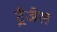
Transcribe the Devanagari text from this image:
ट्रैजेल